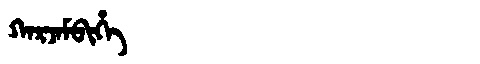
Manchu: ᡴᠠᡵᠵᠠᠮᠪᡳᡥᡝ
Romanization: KARJAMBIHE